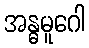
အန္ဓမူဂေါ